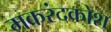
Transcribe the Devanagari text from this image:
मकरंदकोश